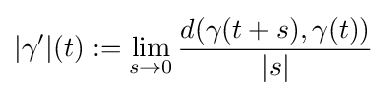
|\gamma '|(t):=\lim _{s\to 0}{\frac {d(\gamma (t+s),\gamma (t))}{|s|}}